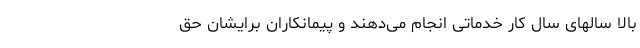
بالا سالهای سال کارِ خدماتی انجام می‌دهند و پیمانکاران برایشان حق